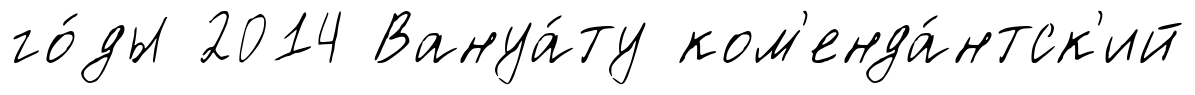
го́ды 2014 Вануа́ту ком'енда́нтск'ий